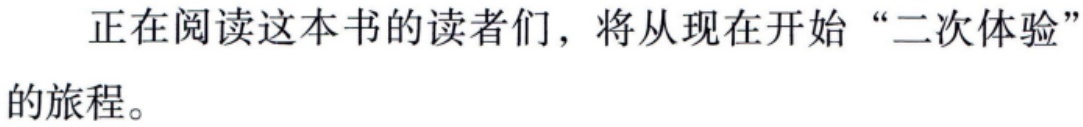
正在阅读这本书的读者们，将从现在开始“二次体验”的旅程。